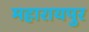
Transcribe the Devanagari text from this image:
महारायपुर